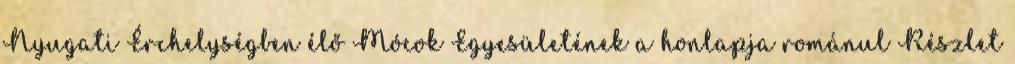
Nyugati Érchelységben élő Mócok Egyesületének a honlapja románul Részlet